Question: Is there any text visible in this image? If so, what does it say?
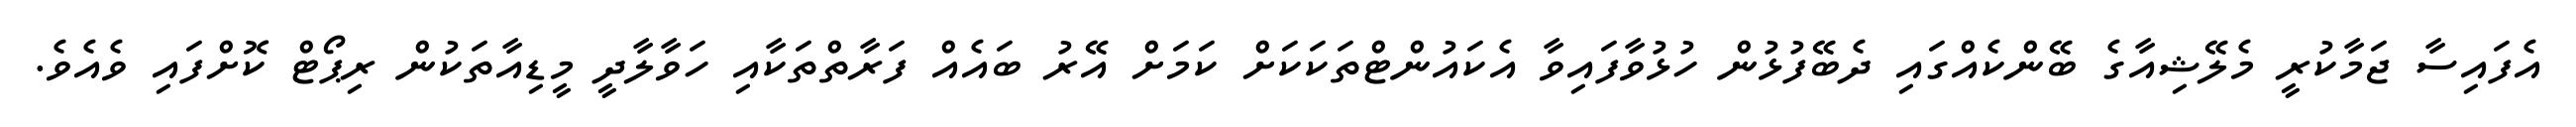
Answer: އެފައިސާ ޖަމާކުރީ މެލޭޝިއާގެ ބޭންކެއްގައި ދެބޭފުޅުން ހުޅުވާފައިވާ އެކައުންޓްތަކަކަށް ކަމަށް އޭރު ބައެއް ފަރާތްތަކާއި ހަވާލާދީ މީޑިއާތަކުން ރިޕޯޓް ކޮށްފައި ވެއެވެ.